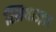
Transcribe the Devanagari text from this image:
स्मिथाउज़र